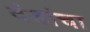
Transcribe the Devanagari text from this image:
दंडांचा